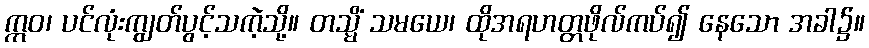
ဣဝ၊ ပင်လုံးကျွတ်ပွင့်သကဲ့သို့။ တသ္မိံ သမယေ၊ ထိုအရဟတ္တဖိုလ်ကပ်၍ နေသော အခါ၌။